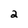
Character: 2